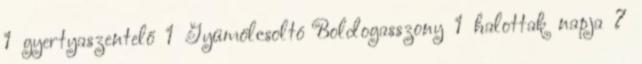
1 gyertyaszentelő 1 Gyümölcsoltó Boldogasszony 1 halottak napja 7